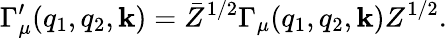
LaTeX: \Gamma_{\mu}^{\prime}(q_{1},q_{2},\mathbf{k})=\bar{{Z}}^{1/2}\Gamma_{\mu}(q_{1},q_{2},\mathbf{k})Z^{1/2}.